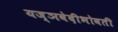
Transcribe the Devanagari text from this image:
यज्ञवेदीभोवती